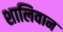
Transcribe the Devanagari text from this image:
शालिवान